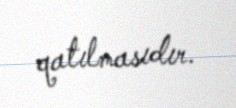
qatılmasıdır.